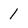
Character: 1